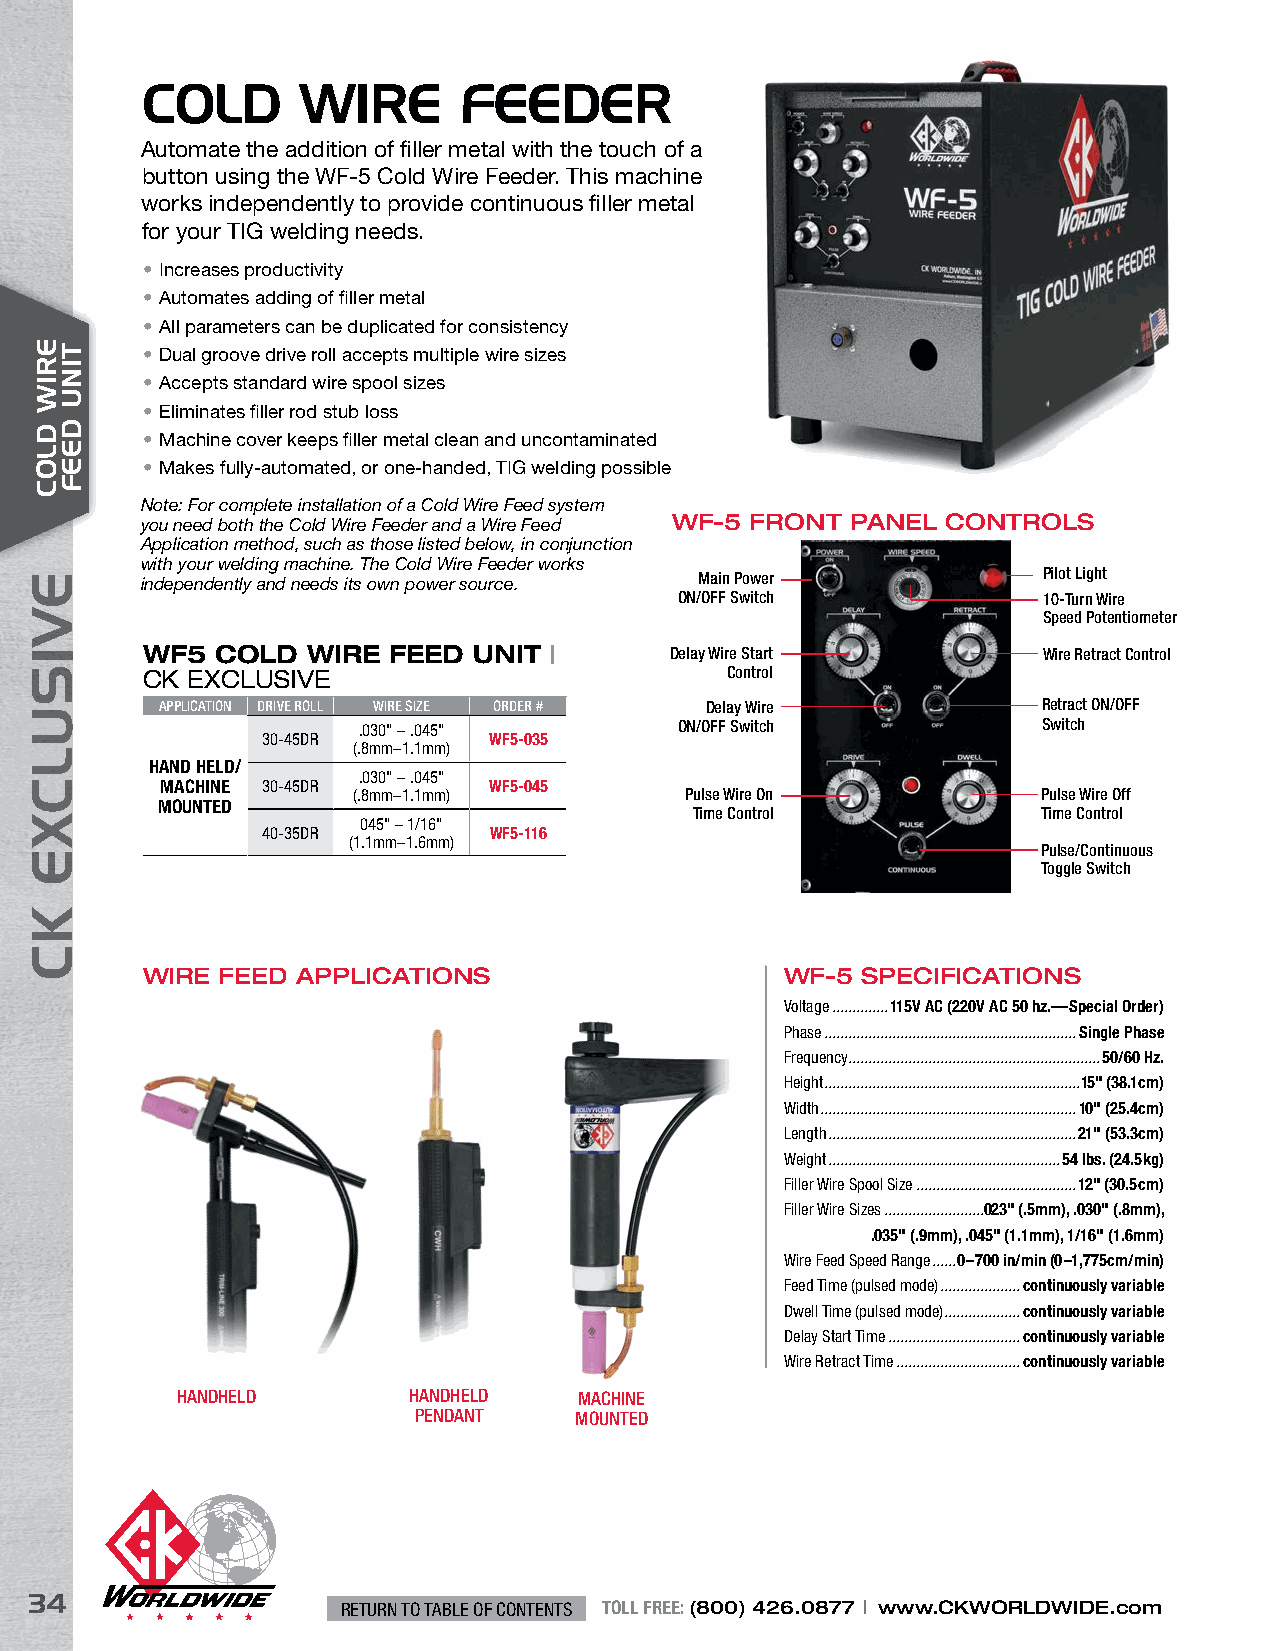
COLD       WIRE      FEEDER
 Automate the addition of filler metal with the touch of a
 button using the WF-5 Cold Wire Feeder. This machine
 works independently to provide continuous filler metal
 for your TIG welding needs.
 • Increases productivity
 • Automates adding of filler metal
 • All parameters can be duplicated for consistency
 • Dual groove drive roll accepts multiple wire sizes
 • Accepts standard wire spool sizes
 • Eliminates filler rod stub loss
 • Machine cover keeps filler metal clean and uncontaminated
 • Makes fully-automated, or one-handed, TIG welding possible
 Note: For complete installation of a Cold Wire Feed system
 you need both the Cold Wire Feeder and a Wire Feed WF-5 FRONT PANEL CONTROLS
 Application method, such as those listed below, in conjunction
 with your welding machine. The Cold Wire Feeder works
 independently and needs its own power source. Main Power    Pilot Light
 ON/OFF Switch           10-Turn Wire
 Speed Potentiometer
 WF5  COLD  WIRE  FEED UNIT |       Delay Wire Start         Wire Retract Control
 CK EXCLUSIVE                           Control
 APPLICATION DRIVE ROLL WIRE SIZE ORDER # Delay Wire       Retract ON/OFF
 .030" – .045"        ON/OFF Switch           Switch
 30-45DR        WF5-035
 (.8mm–1.1mm)
 HAND HELD/
 .030" – .045"
 MACHINE 30-45DR      WF5-045
 (.8mm–1.1mm)          Pulse Wire On           Pulse Wire Off
 MOUNTED
 Time Control           Time Control
 045" – 1/16"
 40-35DR        WF5-116
 (1.1mm–1.6mm)
 Pulse/Continuous
 Toggle Switch
 WIRE  FEED APPLICATIONS                    WF-5 SPECIFICATIONS
 Voltage ..............115V AC (220V AC 50 hz. —Special Order)
 Phase ...............................................................Single Phase
 Frequency ...............................................................50/60 Hz.
 Height ................................................................15" (38.1cm)
 Width ................................................................10" (25.4cm)
 Length ..............................................................21" (53.3cm)
 Weight ..........................................................54 lbs. (24.5kg)
 Filler Wire Spool Size ........................................12" (30.5cm)
 Filler Wire Sizes .........................023" (.5mm), .030" (.8mm),
 .035" (.9mm), .045" (1.1mm), 1/16" (1.6mm)
 Wire Feed Speed Range ......0 –700 in/min (0–1,775cm/min)
 Feed Time (pulsed mode) ....................continuously variable
 Dwell Time (pulsed mode) ...................continuously variable
 Delay Start Time .................................continuously variable
 Wire Retract Time ...............................continuously variable
 HANDHELD       HANDHELD   MACHINE
 PENDANT    MOUNTED
 34
 RETURN TO TABLE OF CONTENTS TOLL FREE: (800) 426.0877 | www.CKWORLDWIDE.com
 EVISULCXE
 KC
 ERIW
 DLOC
 TINU
 DEEF